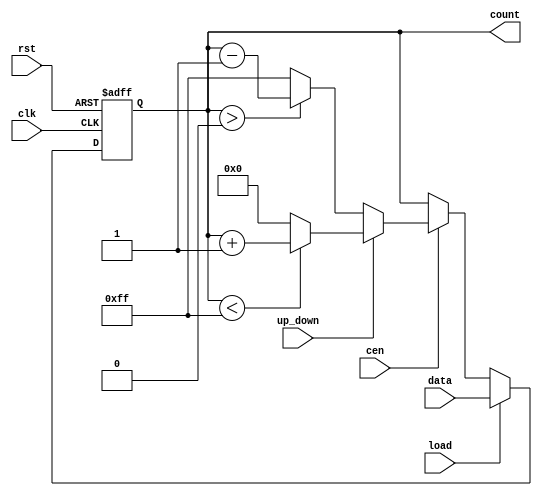
module sync_load_counter #(
    parameter WIDTH = 8,            // Width of the counter
    parameter MAX_VALUE = 255,      // Maximum value for wrap-around for an 8-bit counter
    parameter MIN_VALUE = 0         // Minimum value for wrap-around
)(
    input wire clk,                 // Clock signal
    input wire rst,                 // Asynchronous reset
    input wire load,                // Load signal
    input wire cen,                 // Count enable signal
    input wire up_down,             // Up/Down control signal (1 for up, 0 for down)
    input wire [WIDTH-1:0] data,    // Data input for loading value
    output reg [WIDTH-1:0] count    // Current count output
);

    // Synchronous counter operation
    always @(posedge clk or posedge rst) begin
        if (rst) begin
            // Reset the counter to zero
            count <= MIN_VALUE;
        end else if (load) begin
            // Load the specified value into the counter
            count <= data;
        end else if (cen) begin
            // Count up or down based on the up_down control signal
            if (up_down) begin
                // Up counting
                if (count < MAX_VALUE) begin
                    count <= count + 1;
                end else begin
                    // Wrap-around to minimum
                    count <= MIN_VALUE;
                end
            end else begin
                // Down counting
                if (count > MIN_VALUE) begin
                    count <= count - 1;
                end else begin
                    // Wrap-around to maximum
                    count <= MAX_VALUE;
                end
            end
        end
    end
endmodule